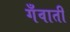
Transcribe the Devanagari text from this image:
गँवाती